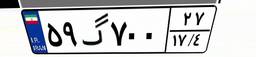
۵۹گ۷۰۰۲۷